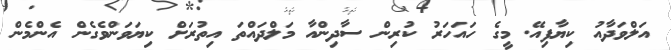
އަލްވަދާއު ކިޔާފިއޭ. މީގެ ހައަހަރު ކުރިން ސާދިންއާ މަލްދައްތަ އިތުރަށް ކިޔަވަންވެގެން އެންމެން